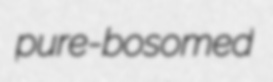
pure-bosomed